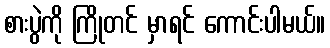
စားပွဲကို ကြိုတင် မှာရင် ကောင်းပါမယ်။